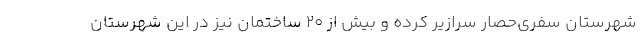
شهرستان سفری‌حصار سرازیر کرده و بیش از ۲۰ ساختمان نیز در این شهرستان